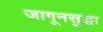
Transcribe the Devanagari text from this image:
जागूनसुद्धा